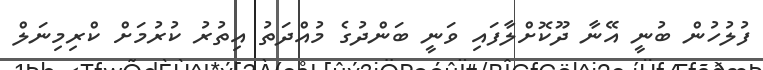
ފުލުހުން ބުނީ އޭނާ ދޫކޮށްލާފައި ވަނީ ބަންދުގެ މުއްދަތު އިތުރު ކުރުމަށް ކްރިމިނަލް